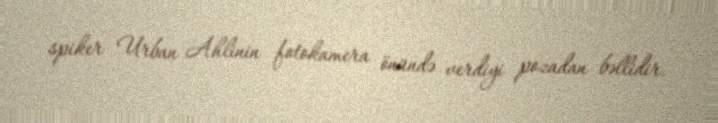
spiker Urban Ahlinin fotokamera önündə verdiyi pozadan bəllidir.